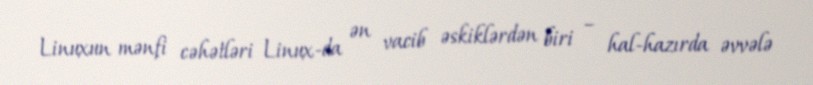
Linuxun mənfi cəhətləri Linux-da ən vacib əskiklərdən biri – hal-hazırda əvvələ